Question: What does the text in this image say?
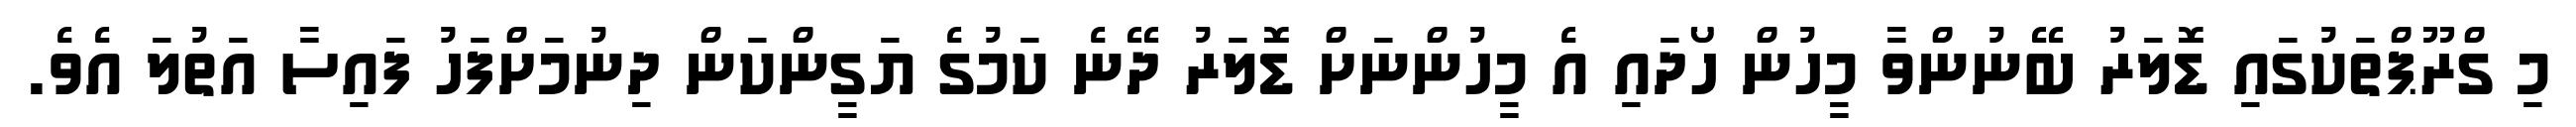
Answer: މި ގްރޫޕްތަކުގައި ޑޮލަރު ބޭނުންވާ މީހުން ހޯދައި އެ މީހުންނަށް ޑޮލަރު ދޭނެ ކަމުގެ ޔަގީންކަން ދިނުމަށްފަހު ފައިސާ އަތުލަ އެވެ.